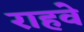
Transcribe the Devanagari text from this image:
राहवे